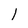
Character: l